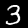
Label: 3